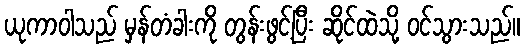
ယုကာဝါသည် မှန်တံခါးကို တွန်းဖွင့်ပြီး ဆိုင်ထဲသို့ ဝင်သွားသည်။